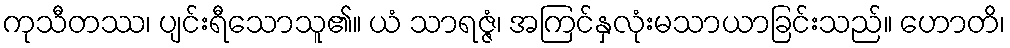
ကုသီတဿ၊ ပျင်းရီသောသူ၏။ ယံ သာရဇ္ဇံ၊ အကြင်နှလုံးမသာယာခြင်းသည်။ ဟောတိ၊